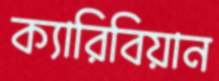
ক্যারিবিয়ান